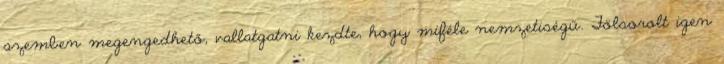
szemben megengedhető, vallatgatni kezdte, hogy miféle nemzetiségű. Fölsorolt igen